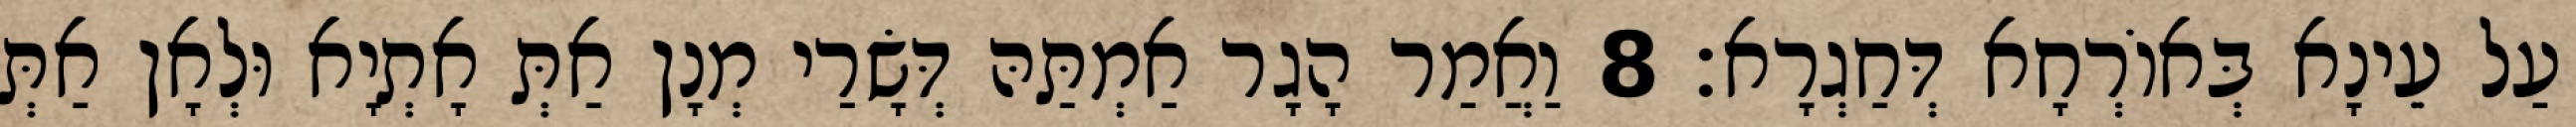
עַל עֵינָא בְּאוֹרְחָא דְּחַגְרָא׃ 8 וַאֲמַר הָגָר אַמְתַּהּ דְּשָׂרַי מְנָן אַתְּ אָתְיָא וּלְאָן אַתְּ